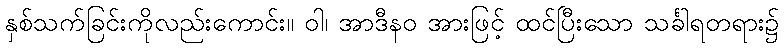
နှစ်သက်ခြင်းကိုလည်းကောင်း။ ဝါ၊ အာဒီနဝ အားဖြင့် ထင်ပြီးသော သင်္ခါရတရား၌